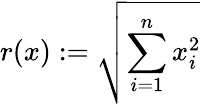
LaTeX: r(x):=\sqrt{\sum_{i=1}^{n}x_{i}^{2}}